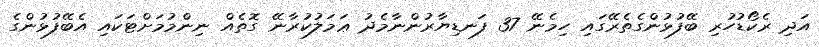
އަދި ރެކޯޑުހުރި ބޭފުޅުންގެތެރޭގައި ހިމެނޭ 37 ފަނޑިޔާރުންނާމެދު ޢަމަލުކުރާނޭ ގޮތެއް ނިންމުމަށްޓަކައި އެބޭފުޅުންގެ